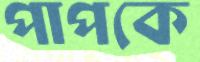
পাপকে